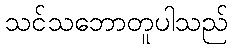
သင်သဘောတူပါသည်